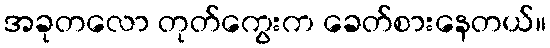
အခုတလော တုတ်ကွေးက ခေတ်စားနေတယ်။